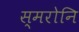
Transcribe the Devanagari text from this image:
स्मरोनि